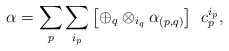
\begin{align*}\alpha =\sum_p\sum_{i_p}\left[\oplus_{q}\otimes_{i_q} \alpha _{(p,q)}\right]\;\, c_p^{i_p},\end{align*}